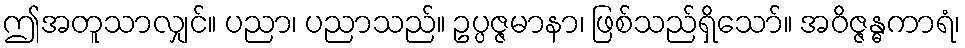
ဤအတူသာလျှင်။ ပညာ၊ ပညာသည်။ ဥပ္ပဇ္ဇမာနာ၊ ဖြစ်သည်ရှိသော်။ အဝိဇ္ဇန္ဓကာရံ၊